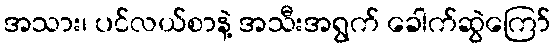
အသား၊ ပင်လယ်စာနဲ့ အသီးအရွက် ခေါက်ဆွဲကြော်